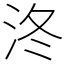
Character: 泈